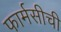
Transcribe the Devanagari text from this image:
फार्मसीची